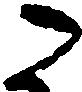
こ